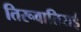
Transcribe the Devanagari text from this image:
तिरूवातिराई